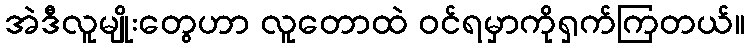
အဲဒီလူမျိုးတွေဟာ လူတောထဲ ဝင်ရမှာကိုရှက်ကြတယ်။